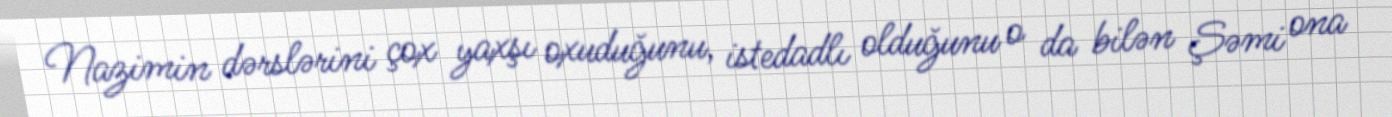
Nazimin dərslərini çox yaxşı oxuduğunu, istedadlı olduğunu o da bilən Şəmi ona